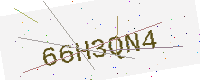
Text: 66H3QN4